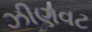
ઝીણવટ